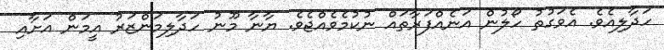
ހަދާލިއެވެ. އެވަގުތު ހޯލުން އަނެއްފަރާތައް ނުކުމެވެއްޖެވެ. ޔާނާ މޫނު ހަދާލިމަންޒަރު އީމަން އަށާއި